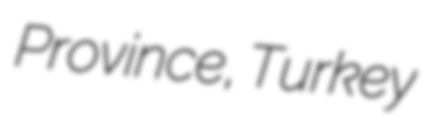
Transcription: Province, Turkey